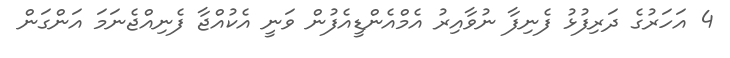
4 އަހަރުގެ ދަރިފުޅު ފެނިފާ ނުވާއިރު އެމްއެންޑީއެފުން ވަނީ އެކުއްޖާ ފެނިއްޖެނަމަ އަންގަން